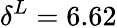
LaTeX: \delta^{L}=6.62